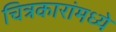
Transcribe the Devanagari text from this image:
चित्रकारांमध्ये